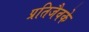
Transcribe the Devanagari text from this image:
प्रतिजैवके